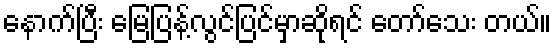
နောက်ပြီး မြေပြန့်လွင်ပြင်မှာဆိုရင် တော်သေး တယ်။